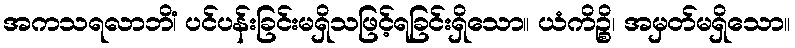
အကသရလာဘိံ၊ ပင်ပန်းခြင်းမရှိသဖြင့်ရခြင်းရှိသော။ ယံကိဉ္စိ၊ အမှတ်မရှိသော။